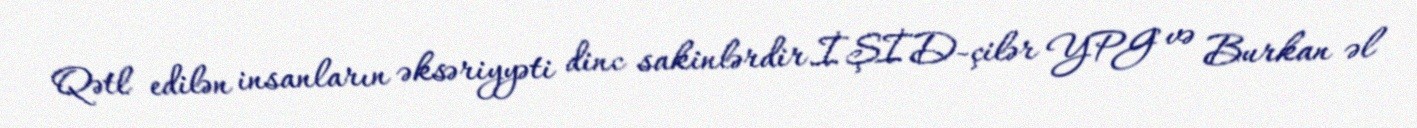
Qətl edilən insanların əksəriyyəti dinc sakinlərdir.İŞİD-çilər YPG və Burkan əl